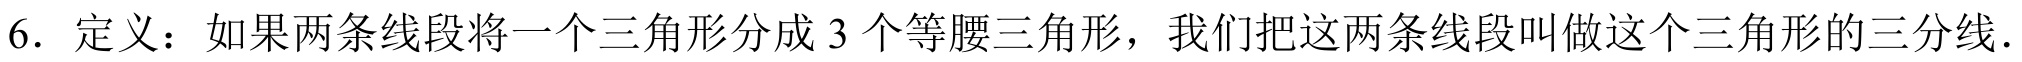
6. 定义：如果两条线段将一个三角形分成 3 个等腰三角形，我们把这两条线段叫做这个三角形的三分线.